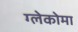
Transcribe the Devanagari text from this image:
ग्लेकोमा